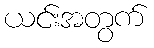
ယင်းအတွက်